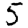
Digit: 5